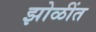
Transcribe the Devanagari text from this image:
झोळींत